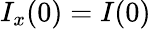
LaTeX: I_{x}(0)=I(0)